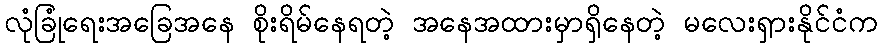
လုံခြုံရေးအခြေအနေ စိုးရိမ်နေရတဲ့ အနေအထားမှာရှိနေတဲ့ မလေးရှားနိုင်ငံက